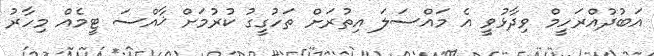
އަބުދުއްރަހީމް ވިދާޅުވީ އެ މައްސަލަ އިތުރަށް ތަހުގީގު ކުރުމަށް ޚާއްސަ ޓީމެއް މިހާރު